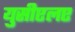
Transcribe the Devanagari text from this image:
युसीएलए